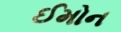
ઈમોન